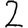
Digit: 2